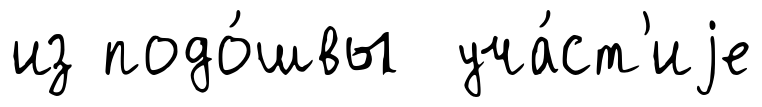
из подо́швы уча́ст'иjе